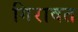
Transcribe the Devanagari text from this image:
गिरावत